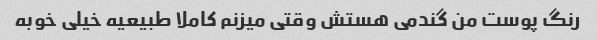
رنگ پوست من گندمی هستش وقتی میزنم کاملا طبیعیه خیلی خوبه